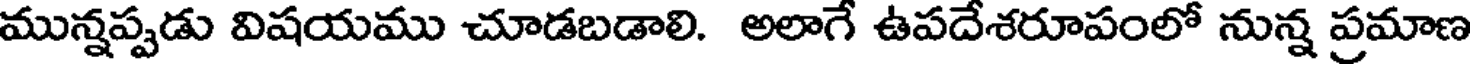
మున్నప్పడు విషయము చూడబడాలి. అలాగే ఉపదేశరూపంలో నున్న ప్రమాణ